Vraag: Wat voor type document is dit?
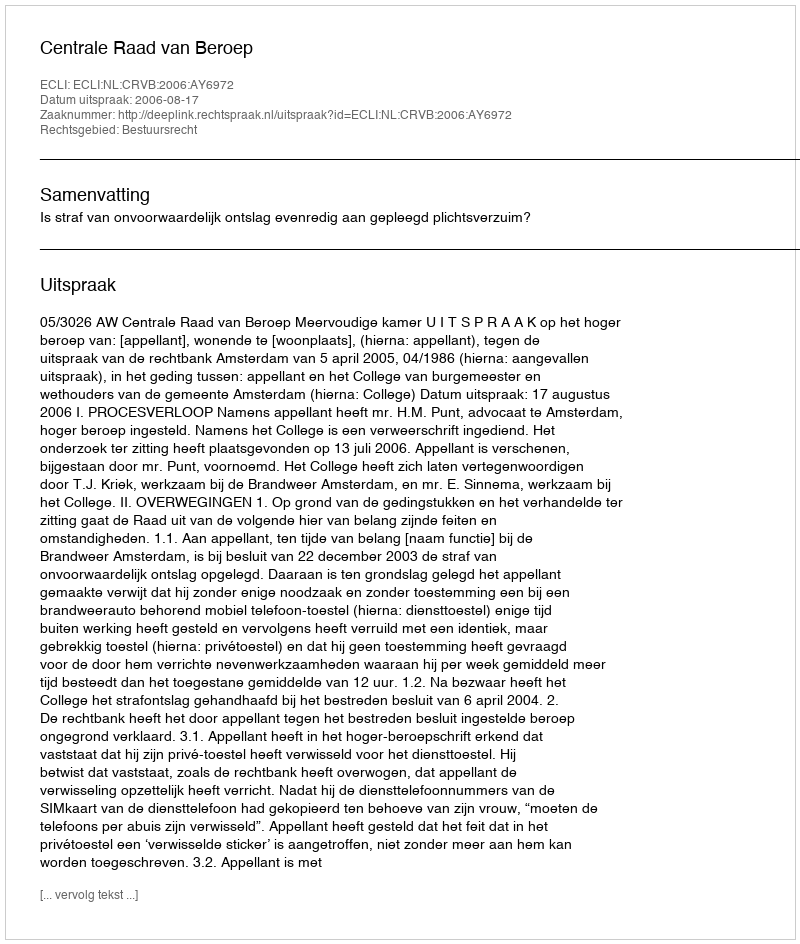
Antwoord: Uitspraak